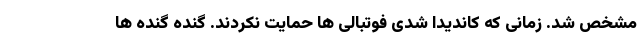
مشخص شد. زمانی که کاندیدا شدی فوتبالی ها حمایت نکردند. گنده گنده ها